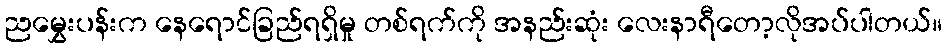
ညမွှေးပန်းက နေရောင်ခြည်ရရှိမှု တစ်ရက်ကို အနည်းဆုံး လေးနာရီတော့လိုအပ်ပါတယ်။